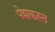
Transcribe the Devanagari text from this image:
पेशकस्त